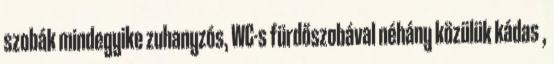
szobák mindegyike zuhanyzós, WC-s fürdőszobával néhány közülük kádas ,